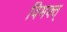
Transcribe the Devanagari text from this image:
विभक्त्